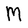
Character: M